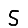
Digit: 5